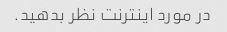
در مورد اینترنت نظر بدهید.